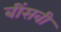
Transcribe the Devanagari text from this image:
बींसवी